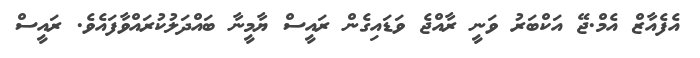
އެފެއާޒް އެމް.ޖޭ އަކްބަރު ވަނީ ރާއްޖެ ވަޑައިގެން ރައީސް ޔާމީނާ ބައްދަލުކުރައްވާފައެވެ. ރައީސް